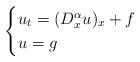
LaTeX: \begin{align*}\begin{cases}u_t=(D_x^\alpha u)_x+f\quad&\\u=g\quad&\end{cases}\end{align*}